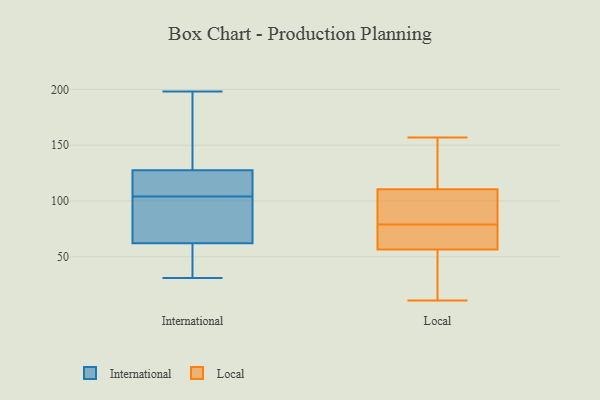
{"axis": {"x": "Budget (USD K)", "y": "Value"}, "legend": ["International", "Local"], "data": [{"x": "", "y": 39, "type": "International"}, {"x": "", "y": 104, "type": "International"}, {"x": "", "y": 105, "type": "International"}, {"x": "", "y": 135, "type": "International"}, {"x": "", "y": 42, "type": "International"}, {"x": "", "y": 118, "type": "International"}, {"x": "", "y": 96, "type": "International"}, {"x": "", "y": 67, "type": "International"}, {"x": "", "y": 31, "type": "International"}, {"x": "", "y": 125, "type": "International"}, {"x": "", "y": 100, "type": "International"}, {"x": "", "y": 175, "type": "International"}, {"x": "", "y": 48, "type": "International"}, {"x": "", "y": 198, "type": "International"}, {"x": "", "y": 97, "type": "International"}, {"x": "", "y": 163, "type": "International"}, {"x": "", "y": 113, "type": "International"}, {"x": "", "y": 11, "type": "Local"}, {"x": "", "y": 63, "type": "Local"}, {"x": "", "y": 157, "type": "Local"}, {"x": "", "y": 95, "type": "Local"}, {"x": "", "y": 59, "type": "Local"}, {"x": "", "y": 122, "type": "Local"}, {"x": "", "y": 58, "type": "Local"}, {"x": "", "y": 55, "type": "Local"}, {"x": "", "y": 55, "type": "Local"}, {"x": "", "y": 99, "type": "Local"}, {"x": "", "y": 148, "type": "Local"}, {"x": "", "y": 98, "type": "Local"}]}